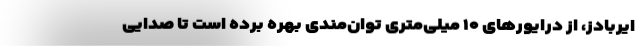
ایربادز، از درایور‌های ۱۰ میلی‌متری توان‌مندی بهره برده است تا صدایی